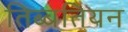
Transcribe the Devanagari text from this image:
तिब्‍बतियन